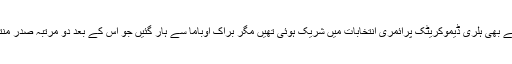
آٹھ سال پہلے بھی ہلری ڈیموکریٹک پرائمری انتخابات میں شریک ہوئی تھیں مگر براک اوباما سے ہار گئیں جو اس کے بعد دو مرتبہ صدر منتخب ہوئے۔